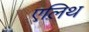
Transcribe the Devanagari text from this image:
एलिथ